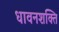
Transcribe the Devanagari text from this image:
धावनशक्ति